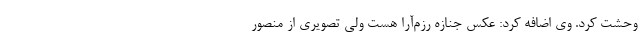
وحشت کرد. وی اضافه کرد: عکس جنازه رزم‌آرا هست ولی تصویری از منصور